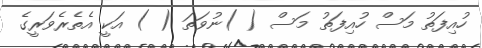
ހުއިފަތު މަސް ހުއިފަތު މަސް ( )ނުވަތަ ( ) އަކީ އެތެރެވަރީގެ